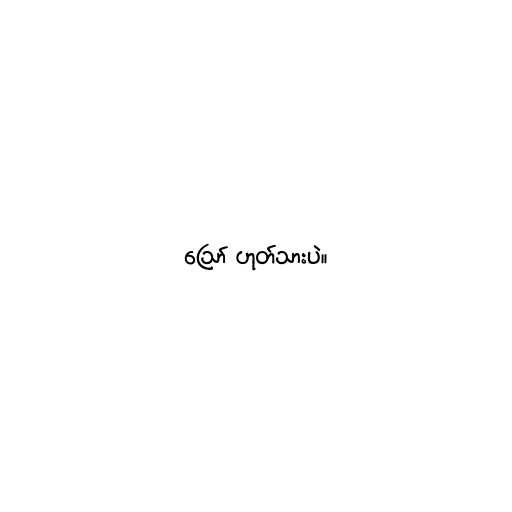
ဪ ဟုတ်သားပဲ။